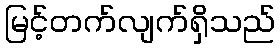
မြင့်တက်လျက်ရှိသည်